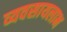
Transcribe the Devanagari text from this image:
व्यवसायलाभ